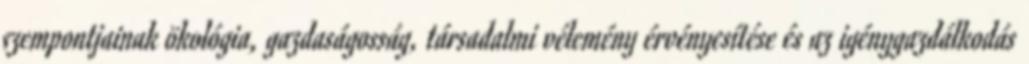
szempontjainak ökológia, gazdaságosság, társadalmi vélemény érvényesítése és az igénygazdálkodás